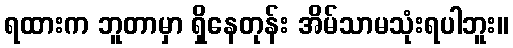
ရထားက ဘူတာမှာ ရှိနေတုန်း အိမ်သာမသုံးရပါဘူး။